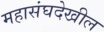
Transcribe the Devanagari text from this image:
महासंघदेखील